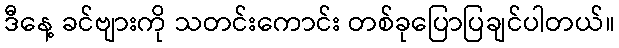
ဒီနေ့ ခင်ဗျားကို သတင်းကောင်း တစ်ခုပြောပြချင်ပါတယ်။